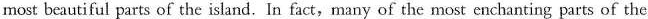
most beautiful parts of the island. In fact,many of the most enchanting parts of the